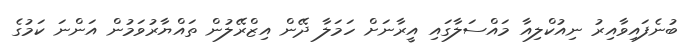
ބުނެފައިވާއިރު ނިއުކްލިއާ މައްސަލާގައި އީރާނަށް ހަމަލާ ދޭން އިޒްރޭލުން ތައްޔާރުވަމުން އަންނަ ކަމުގެ